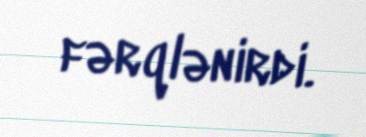
fərqlənirdi.